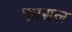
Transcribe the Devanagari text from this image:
फासल